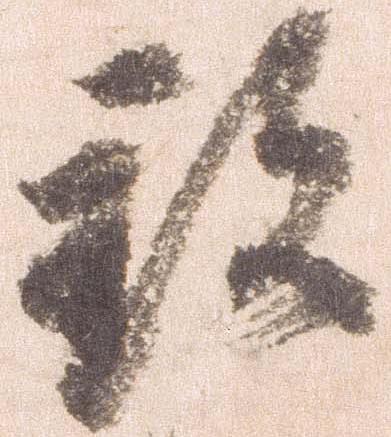
致